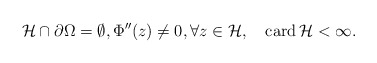
\begin{align*}\mathcal H\cap \partial\Omega=\emptyset,\Phi'' (z)\ne 0, \forall z\in\mathcal H,\quad\mbox{card}\, \mathcal H<\infty.\end{align*}